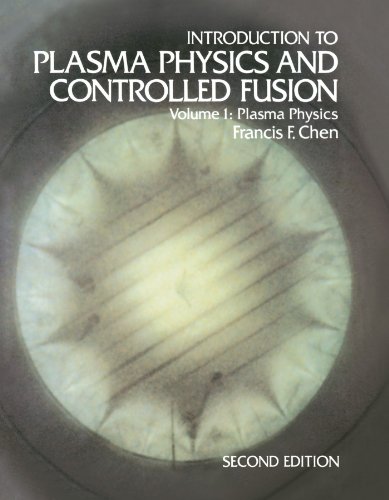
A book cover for Introduction to Plasma Physics and Controlled Fusion: Volume 1: Plasma Physics; Francis F. Chen; Science & Math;